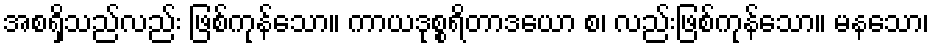
အစရှိသည်လည်း ဖြစ်ကုန်သော။ ကာယဒုစ္စရိတာဒယော စ၊ လည်းဖြစ်ကုန်သော။ မနသော၊